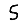
Digit: 5